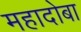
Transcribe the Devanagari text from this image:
महादोबा